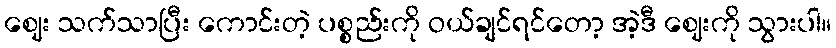
ဈေး သက်သာပြီး ကောင်းတဲ့ ပစ္စည်းကို ဝယ်ချင်ရင်တော့ အဲ့ဒီ ဈေးကို သွားပါ။